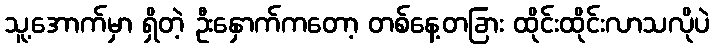
သူ့အောက်မှာ ရှိတဲ့ ဦးနှောက်ကတော့ တစ်နေ့တခြား ထိုင်းထိုင်းလာသလိုပဲ